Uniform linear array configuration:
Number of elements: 32
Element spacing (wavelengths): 0.25
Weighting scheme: binomial
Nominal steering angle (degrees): -45
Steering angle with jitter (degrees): -43.346
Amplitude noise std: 0.05
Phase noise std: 0.05

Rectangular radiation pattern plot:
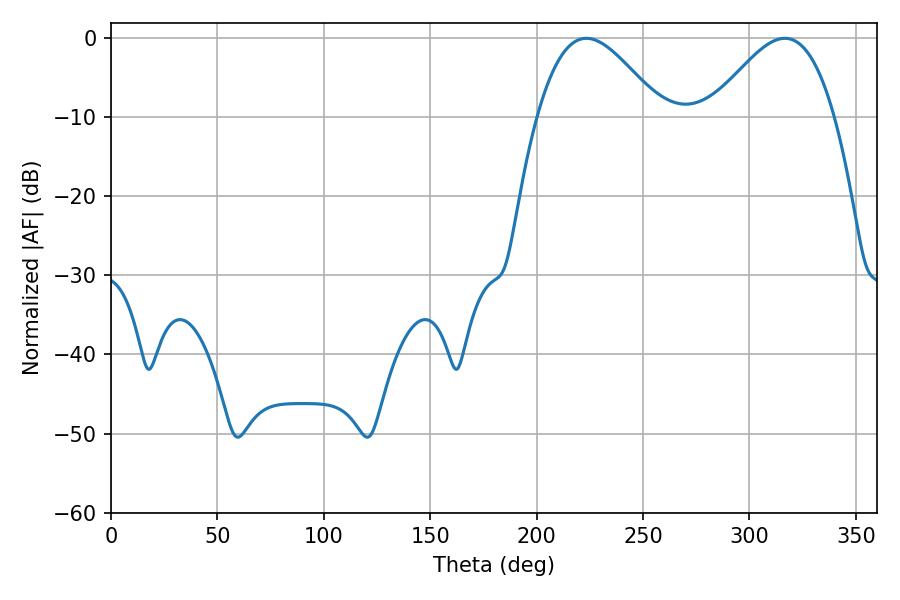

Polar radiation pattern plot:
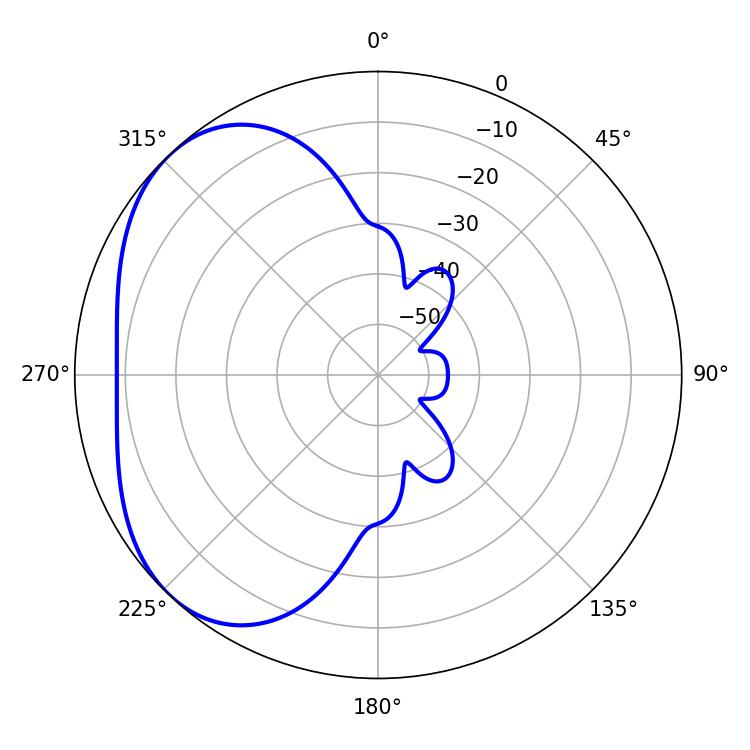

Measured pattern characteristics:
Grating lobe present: FALSE
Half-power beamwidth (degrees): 31.14
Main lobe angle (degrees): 223.38